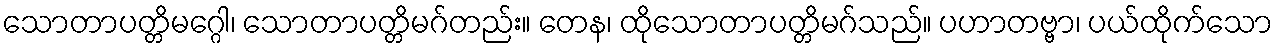
သောတာပတ္တိမဂ္ဂေါ၊ သောတာပတ္တိမဂ်တည်း။ တေန၊ ထိုသောတာပတ္တိမဂ်သည်။ ပဟာတဗ္ဗာ၊ ပယ်ထိုက်သော